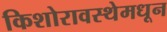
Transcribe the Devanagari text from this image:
किशोरावस्थेमधून